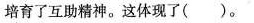
培育了互助精神。这体现了( )。